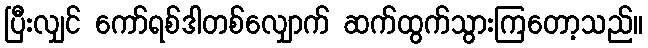
ပြီးလျှင် ကော်ရစ်ဒါတစ်လျှောက် ဆက်ထွက်သွားကြတော့သည်။